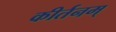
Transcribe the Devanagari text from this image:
कीर्तनम्